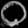
Digit: ၀